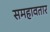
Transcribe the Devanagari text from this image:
समहावतार